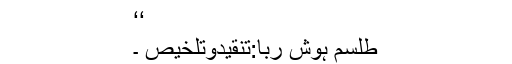
‘‘
طلسمِ ہوش ربا:تنقیدوتلخیص ۔